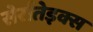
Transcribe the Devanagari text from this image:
सेर्रातेइक्स